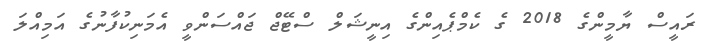
ރައީސް ޔާމީންގެ 2018 ގެ ކެމްޕެއިންގެ އިނީޝަލް ސްޓޭޖް ޖައްސަންވީ އެމަނިކުފާނުގެ އަމިއްލަ